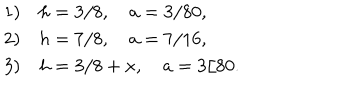
\begin{array} { l l } { { 1 ) } } & { { h = 3 / 8 , \quad a = 3 / 8 0 , } } \\ { { 2 ) } } & { { h = 7 / 8 , \quad a = 7 / 1 6 , } } \\ { { 3 ) } } & { { h = 3 / 8 + x , \quad a = 3 / 8 0 . } } \\ \end{array}